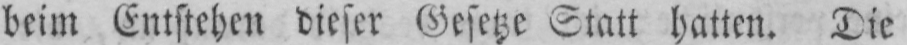
beim Entstehen dieser Gesetze Statt hatten. Die